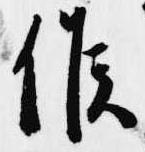
候